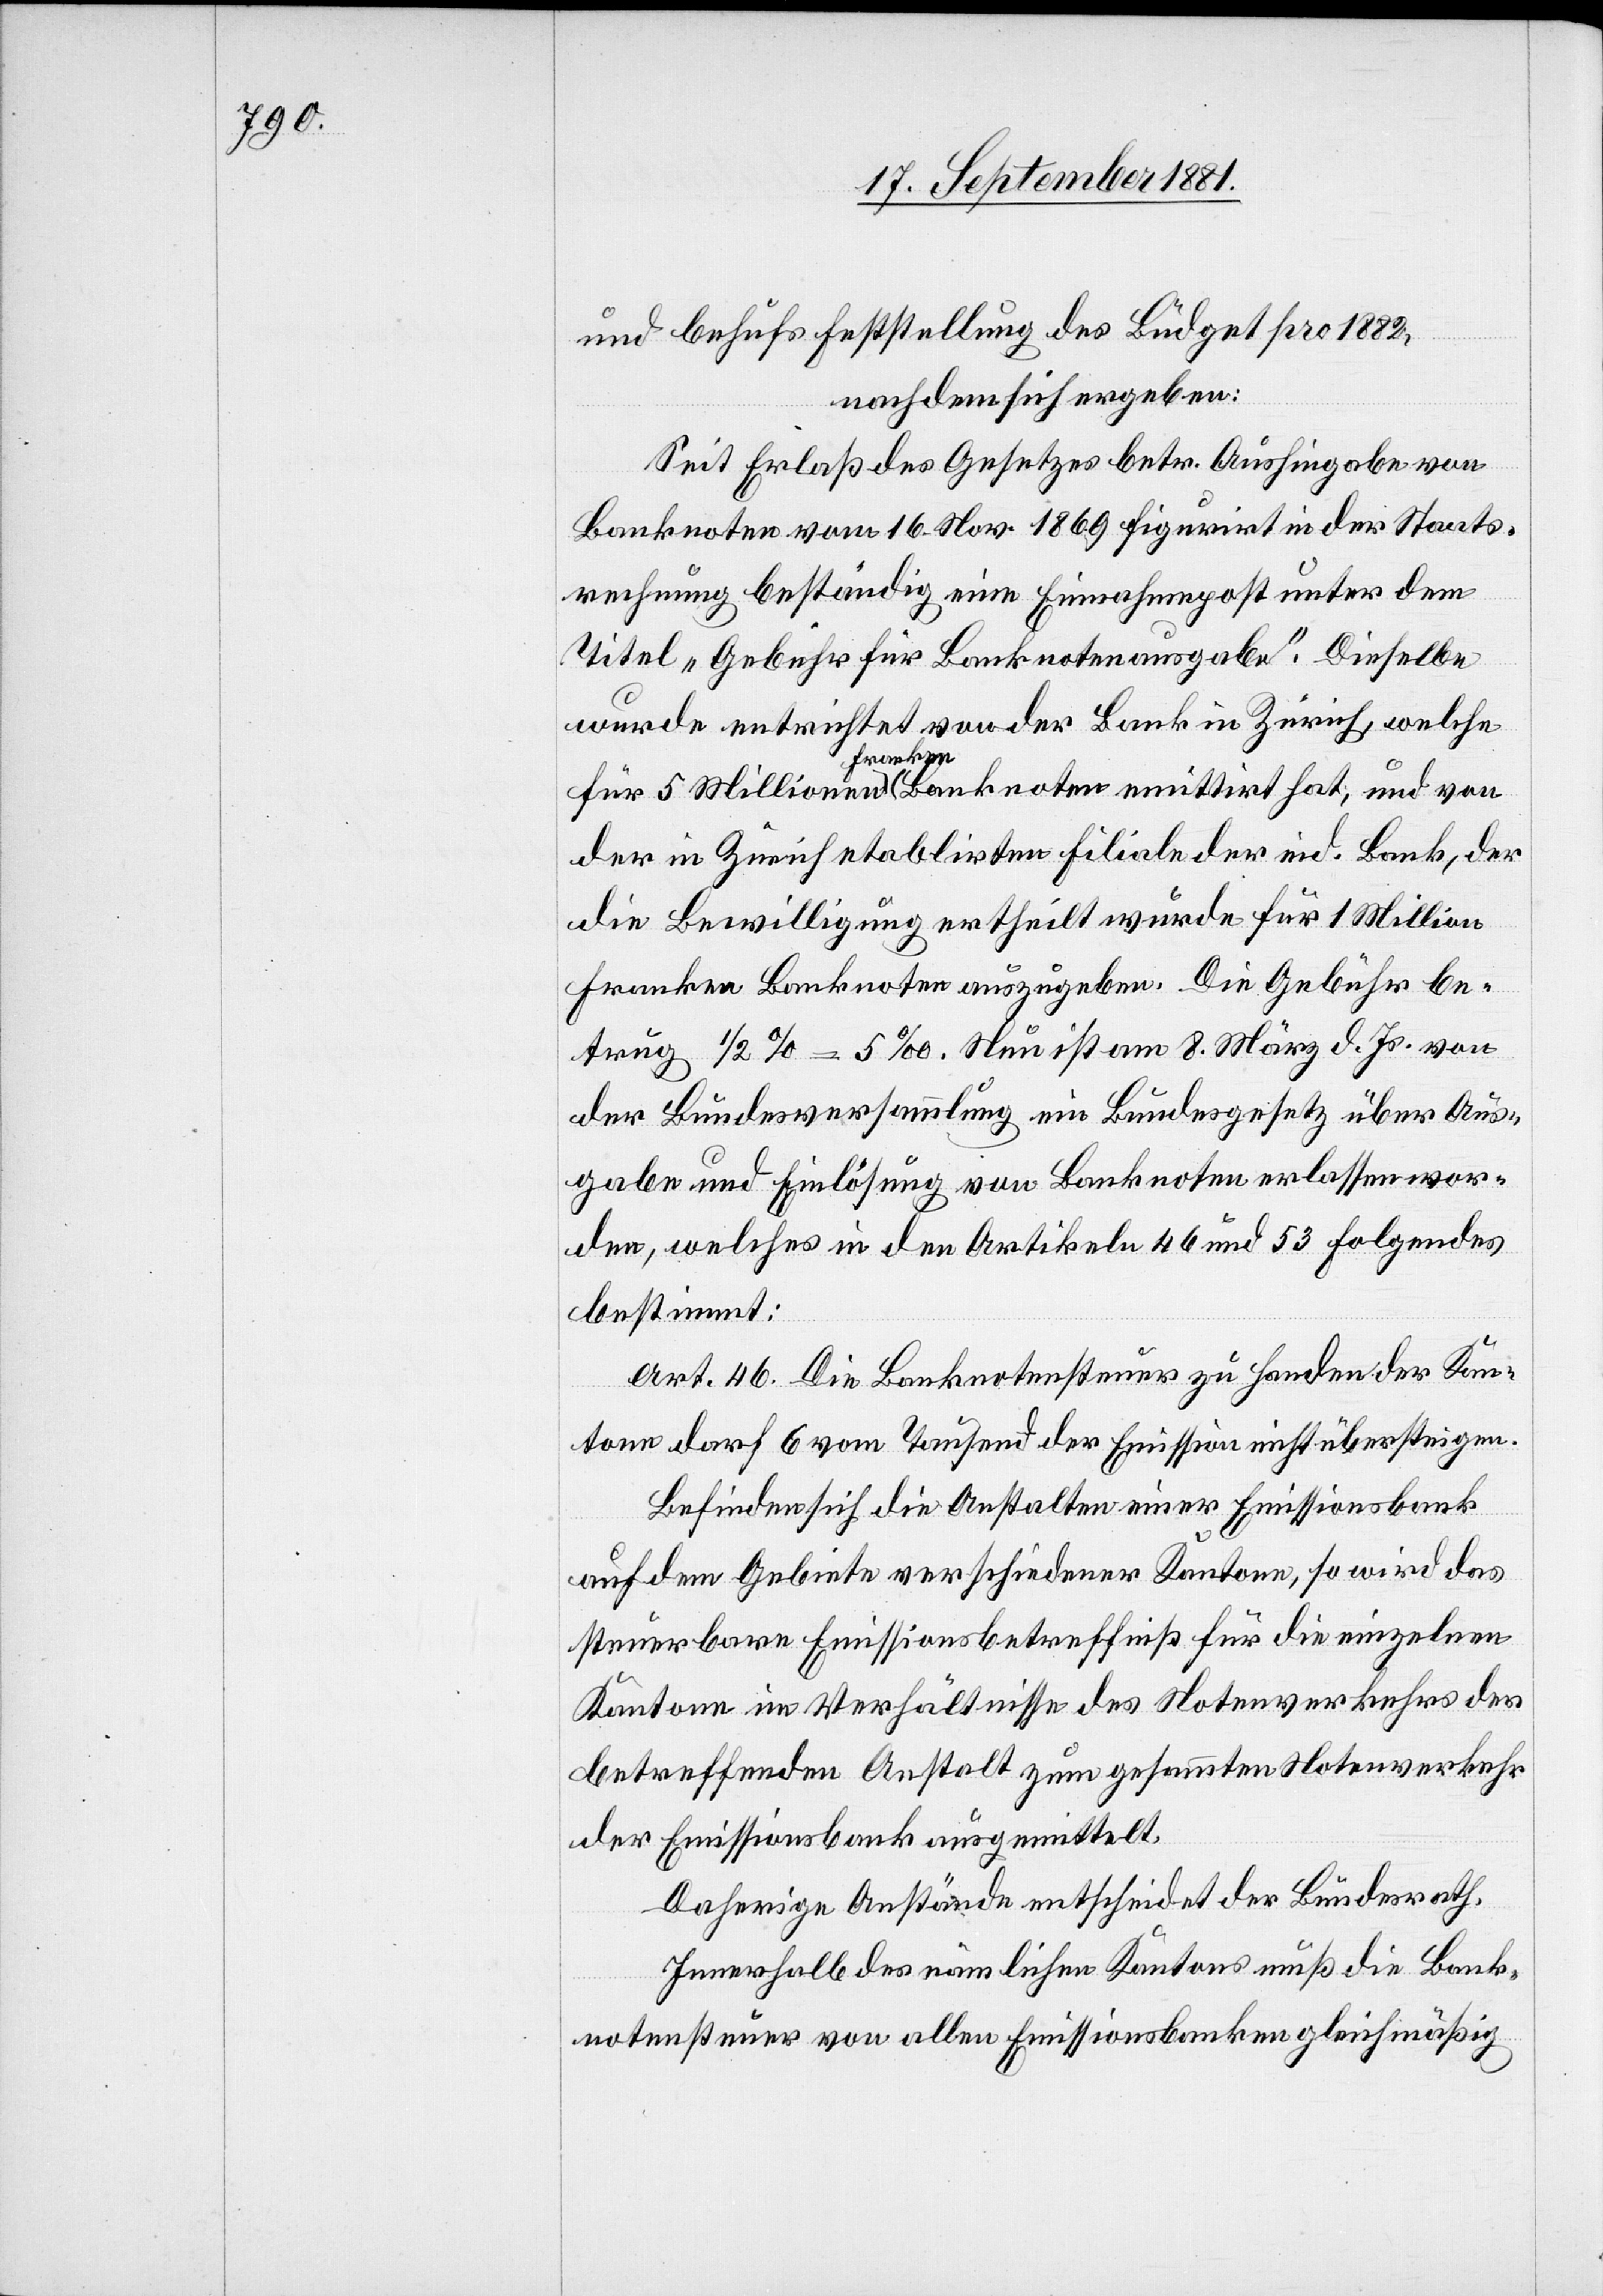
und behufs Feststellung des Büdget pro 1882,
nachdem sich ergeben:
Seit Erlaß des Gesetzes betr. Aushingabe von
Banknoten vom 16. Nov. 1869 figurirt in der Staats¬
rechnung beständig eine Einnahmepost unter dem
Titel „Gebühr für Banknotenausgabe“. Dieselbe
wurde entrichtet von der Bank in Zürich, welche
für 5 Millionen Franken Banknoten emittirt hat, und von
der in Zürich etablirten Filiale der eid. Bank, der
die Bewilligung ertheilt wurde für 1 Million
Franken Banknoten auszugeben. Die Gebühr be¬
trug 1/2% = 5‰. Nun ist am 8. März d. Js. von
der Bundesversammlung ein Bundesgesetz über Aus¬
gabe und Einlösung von Banknoten erlassen wor¬
den, welches in den Artikeln 46 und 53 Folgendes
bestimmt:
Art. 46. Die Banknotensteuer zu Handen der Kan¬
tone darf 6 von Tausend der Emission nicht übersteigen.
Befinden sich die Anstalten einer Emissionsbank
auch dem Gebiete verschiedener Kantone, so wird das
steuerbare Emissionsbetreffniß für die einzelnen
Kantone im Verhältnisse des Notenverkehrs der
betreffenden Anstalt zum gesammten Notenverkehr
der Emissionsbank ausgemittelt.
Daherige Anstände entscheidet der Bundesrath.
Innerhalb des nämlichen Kantons muß die Bank¬
notensteuer von allen Emissionsbanken gleichmäßig